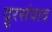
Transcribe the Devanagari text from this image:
दूरसंवाद